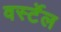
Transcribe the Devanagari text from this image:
वर्स्टेल